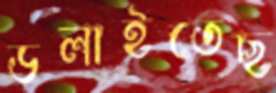
ডলাইতেছ